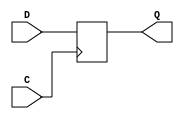
// Copyright (c) 2019 Naoki Hirayama
// Licensed under the Apache License, Version 2.0, see LICENSE for details.
// SPDX-License-Identifier: Apache-2.0

/* czctl.v
   2019.04.20   Ver0.2
   2019.12.19   Ver0.3 */

`timescale 1ns/1ps
`ifndef PC_WIDTH
    `define PC_WIDTH 10
`endif
`ifndef SPM_WIDTH
    `define SPM_WIDTH 8
`endif

`define COMP_BIT    31
`define COPR_BIT    30
`define MUL_BIT      8
`define CF_BIT       9

`define OP_IX        1
`define OP_B         2
`define OP_BCF       3
`define OP_BZF       4
`define OP_BC        5
`define OP_CALL      6
`define OP_RETURN    8
`define OP_JRETURN   9
`define OP_LOOP     12
`define OP_WAIT     13
`define OP_DREG     14


`define OP_ADD      16 /* FIX */
`define OP_MOV      20
`define OP_REGBANK  21
`define OP_ENABLE   22
`define OP_DISABLE  23
`define OP_RETURNI  24
`define OP_POPSP    25
`define OP_IOSTROBE 26
`define OP_OUTPUTK  27

module FFstd(
    output Q,
    input C,
    input D);

    reg FF;
    always @(posedge C) FF <= D;
    assign Q = FF;

endmodule // FFstd

module FFrst(
    output Q,
    input C,
    input D,
    input R);

    reg FF;
    always @(posedge C) FF <= R ? 0 : D;
    assign Q = FF;
endmodule // FFrst

module FFce(
    output Q,
    input C,
    input D,
    input CE);

    reg FF;
    always @(posedge C) FF <= CE ? D : FF;
    assign Q = FF;
endmodule // FFce

module FFrst_s(
    output Q,
    input C,
    input D,
    input R,
    input INT,
    input RI);

    reg FF, FFsave;
    always @(posedge C) begin
        FF <= R ? 0 : RI ? FFsave : D;
        FFsave <= R ? 0 : INT ? D : FFsave;
    end
    assign Q = FF;
endmodule // FFrst_s

module FFstd_s(
    output Q,
    input C,
    input D,
    input INT,
    input RI);

    reg FF, FFsave;
    always @(posedge C) begin
        FF <= RI ? FFsave : D;
        FFsave <= INT ? D : FFsave;
    end
    assign Q = FF;
endmodule // FFstd_s

module FFce_s(
    output Q,
    input C,
    input D,
    input CE,
    input INT,
    input RI);

    reg FF, FFsave;
    always @(posedge C) begin
        FF <= RI ? FFsave : CE ? D : FF;
        FFsave <= INT ? (CE ? D : FF) : FFsave;
    end
    assign Q = FF;
endmodule // FFce_s

module FFcerst_s(
    output Q,
    input C,
    input D,
    input CE,
    input R,
    input INT,
    input RI);

    reg FF, FFsave;
    always @(posedge C) begin
        FF <= R ? 0 : RI ? FFsave : CE ? D : FF;
        FFsave <= R ? 0 : INT ? (CE ? D : FF ) : FFsave;
    end
    assign Q = FF;
endmodule // FFcerst_s

module FFrst_sz(
    output Q,
    input C,
    input D,
    input R,
    input INT,
    input RI);

    reg FF, FFsave;
    always @(posedge C) begin
        FF <= R ? 0 : RI ? FFsave : INT ? 0 : D;
        FFsave <= R ? 0 : INT ? D : FFsave;
    end
    assign Q = FF;
endmodule // FFrst_sz

module FFrst_sz2(
    output Q,
    input C,
    input D,
    input R,
    input INT,
    input RI);

    reg FF, FFsave;
    always @(posedge C) begin
        FF <= R ? 0 : RI ? FFsave : INT ? 0 : D;
        FFsave <= R ? 0 : INT ? D : FFsave;
    end
    assign Q = RI ? FFsave : FF;
endmodule // FFrst_sz2

module czctl(
    input CLK,
    input xAMSB_P,                 // ABCD
    input [`PC_WIDTH-1:0] xREGAB_P,  // ABCD
    input [`PC_WIDTH-1:0] xSMEMDO_P, // SMEM
    input xCY_P,                   // ABCD
    input xRESET_P,                // GAIBU
    input xZFIN_P,                 // ABCD
    input xCZERO_P,                // ABCD
    input [31:0] xIR_P,            // PMEM
    input [7:0] xADDR_P,           // ABCD
    input [7:0] xREGDO_P,          // REG
    input xINT0_P,                 // GAIBU
    input xINT1_P,                 // GAIBU
    output xCYCF_P,                // ABCD
    output xCMPSUB_P,              // ABCD
    output [`PC_WIDTH-1:0] xIRA_P, // ABCD
    output [`PC_WIDTH-1:0] xSMEMDI_P, // SMEM
    output [`PC_WIDTH-1:0] xPC_P,  // PMEM
    output xWSTROBE_P,             // GAIBU
    output xOUTPUTK_P,             // ABCD
    output xWSTROBEK_P,            // GAIBU
    output xIOSTROBE_P,            // GAIBU
    output [3:0] xSMEMA_P,         // SMEM
    output xCF_P,                  // ABCD
    output xZF_P,                  // ABCD
    output xINPUT_P,               // ABCD
    output xRSTROBE_P,             // GAIBU
    output xSMEMWE_P,              // SMEM
    output xMOV_P,                 // ABCD
    output [1:0] xLALUOP_P,        // ABCD
    output [`SPM_WIDTH-1:0] xREGRA_P, // REG
    output [`SPM_WIDTH-1:0] xREGWA_P, // REG
    output xREGWE_P,               // REG
    output xASEL_P,                // ABCD
    output [3:0] xBCSEL_P,         // ABCD
    output xDSEL_P,                // ABCD
    output xDSELREG_P,             // ABCD
    output xMUL_P,                 // ABCD
    output xNOT_P,                 // ABCD
    output [1:0] xADDRSEL_P,       // ABCD
    output [1:0] xADDLSEL_P,       // ABCD
    output xCFBIT_P,               // ABCD
    output xONE_P,                 // ABCD
    output [7:0] xN_P);            // ABCD

    genvar i;

    function three_or_more; 
        input [3:0] x;
        three_or_more = ~(~(x[3]|x[2]) & ~(x[1]&x[0]));
    endfunction // Q

    wire cmd_INT, wait_w0, wait_w1, wait_w2, loop_l;
    wire cmd_RETURNI;

    /* SP */ wire [3:0] SPout, SPin;
    FFrst SP[3:0] (.Q(SPout),.C(CLK),.D(SPin),.R(xRESET_P));

    /* INT */ wire INTout, INTin;
    FFrst INT(.Q(INTout),.C(CLK),.D(INTin),.R(xRESET_P));

    /* INTD */ wire INTDout, INTDin;
    FFrst INTD(.Q(INTDout),.C(CLK),.D(INTDin),.R(xRESET_P));

    /* INTDD */ wire INTDDout, INTDDin;
    FFstd INTDD(.Q(INTDDout),.C(CLK),.D(INTDDin));

    /* IMODE */ wire IMODEout, IMODEin;
    FFrst_sz2 IMODE(.Q(IMODEout),.C(CLK),.D(IMODEin),.R(xRESET_P),.INT(cmd_INT),.RI(cmd_RETURNI));

    /* PC */ wire [`PC_WIDTH-1:0] PCout, PCin;
    FFcerst_s PC[`PC_WIDTH-1:0] (.Q(PCout),.C(CLK),.D(PCin),.CE(wait_w1),.R(xRESET_P),.INT(cmd_INT),.RI(cmd_RETURNI));

    /* CF,ZF */ wire CFout, CFin, ZFout, ZFin;
    FFstd_s CF(.Q(CFout),.C(CLK),.D(CFin),.INT(cmd_INT),.RI(cmd_RETURNI));
    FFstd_s ZF(.Q(ZFout),.C(CLK),.D(ZFin),.INT(cmd_INT),.RI(cmd_RETURNI));

    /* I */ wire [3:0] Iout, Iin;
    FFstd_s I[3:0] (.Q(Iout),.C(CLK),.D(Iin),.INT(cmd_INT),.RI(cmd_RETURNI));

    /* IR */ wire [31:0] IRout, IRin;
    FFcerst_s IR[31:0] (.Q(IRout),.C(CLK),.D(IRin),.CE(wait_w0),.R(xRESET_P),.INT(cmd_INT),.RI(cmd_RETURNI));

    /* CO */ wire [7:0] COout, COin, COce;
    FFce_s CO[7:0] (.Q(COout),.C(CLK),.D(COin),.CE(COce),.INT(cmd_INT),.RI(cmd_RETURNI));

    /* HL */ wire HLout, HLin;
    FFrst_sz HL(.Q(HLout),.C(CLK),.D(HLin),.R(xRESET_P),.INT(cmd_INT),.RI(cmd_RETURNI));

    /* RETD */ wire RETDout, RETDin;
    FFrst_s RETD(.Q(RETDout),.C(CLK),.D(RETDin),.R(xRESET_P),.INT(cmd_INT),.RI(cmd_RETURNI));

    /* BANK */ wire BANKout, BANKin;
    FFrst_s BANK(.Q(BANKout),.C(CLK),.D(BANKin),.R(xRESET_P),.INT(cmd_INT),.RI(cmd_RETURNI));

    /* IRA */ wire [`PC_WIDTH-1:0] IRAout, IRAin, IRAce;
    FFce IRA[`PC_WIDTH-1:0] (.Q(IRAout),.C(CLK),.D(IRAin),.CE(IRAce));

    /* REGRA */ wire [`SPM_WIDTH-1:0] REGRAout, REGRAin;
    wire REGRAce;
    FFce REGRA[`SPM_WIDTH-1:0] (.Q(REGRAout),.C(CLK),.D(REGRAin),.CE(REGRAce));

    /* INT0 */ wire INT0out, INT0in;
    FFstd INT0(.Q(INT0out),.C(CLK),.D(INT0in));

    /* INT1 */ wire INT1out, INT1in;
    FFstd INT1(.Q(INT1out),.C(CLK),.D(INT1in));

/* OP code ------------------------------------------------------ */
    wire COMP_bit;
    assign COMP_bit = INTDDout ? 0 : IRout[`COMP_BIT];

    wire [22:0] IRQ;
    assign IRQ[0] = IRout[8];
    assign IRQ[1] = IRout[9];
    assign IRQ[2] = IRout[10];
    assign IRQ[3] = IRout[11];
    assign IRQ[4] = IRout[12];
    assign IRQ[5] = IRout[13];
    assign IRQ[6] = IRout[14];
    assign IRQ[7] = IRout[15];
    assign IRQ[8] = IRout[16];
    assign IRQ[9] = IRout[17];
    assign IRQ[10] = COMP_bit ? 0 : INTDDout ? 0 : IRout[18];
    assign IRQ[11] = COMP_bit ? 0 : INTDDout ? 0 : IRout[19];
    assign IRQ[12] = COMP_bit ? 0 : INTDDout ? 0 : IRout[20];
    assign IRQ[13] = COMP_bit ? 0 : INTDDout ? 0 : IRout[21];
    assign IRQ[14] = COMP_bit ? 0 : INTDDout ? 0 : IRout[22];
    assign IRQ[15] = COMP_bit ? 0 : INTDDout ? 0 : IRout[23];
    assign IRQ[16] = COMP_bit ? 0 : INTDDout ? 0 : IRout[24];
    assign IRQ[17] = COMP_bit ? 0 : INTDDout ? 0 : IRout[25];
    assign IRQ[18] = COMP_bit ? 0 : INTDDout ? 0 : IRout[26];
    assign IRQ[19] = COMP_bit ? 0 : INTDDout ? 0 : IRout[27];
    assign IRQ[20] = COMP_bit ? 0 : INTDDout ? 0 : IRout[28];
    assign IRQ[21] = COMP_bit ? 0 : INTDDout ? 0 : IRout[29];
    assign IRQ[22] = IRout[30];
    
    wire COPR_bit;
    assign COPR_bit = IRQ[`COPR_BIT-8];

    wire [4:0] opcode;
    assign opcode = IRQ[21:17];

    wire op_IX;
    assign op_IX = opcode==`OP_IX ? 1 : 0;

    wire op_B;
    assign op_B = opcode==`OP_B ? 1 : 0;

    wire op_BCF;
    assign op_BCF = opcode==`OP_BCF ? 1 : 0;

    wire op_BZF;
    assign op_BZF = opcode==`OP_BZF ? 1 : 0;

    wire op_BC;
    assign op_BC = opcode==`OP_BC ? 1 : 0;

    wire op_CALL;
    assign op_CALL = opcode==`OP_CALL ? 1 : 0;

    wire op_RETURN;
    assign op_RETURN = opcode==`OP_RETURN ? 1 : 0;

    wire op_JRETURN;
    assign op_JRETURN = opcode==`OP_JRETURN ? 1 : 0;

    wire op_LOOP;
    assign op_LOOP = opcode==`OP_LOOP ? 1 : 0;

    wire op_WAIT;
    assign op_WAIT = opcode==`OP_WAIT ? 1 : 0;

    wire op_DREG;
    assign op_DREG = opcode==`OP_DREG ? 1 : 0;

    wire op_ADD;
    assign op_ADD = opcode==`OP_ADD ? 1 : 0;

    /* AND XOR OR */
    assign xLALUOP_P = opcode[4]&(~opcode[3])&(~opcode[2]) ? opcode[1:0] : 2'b00;

    assign xMOV_P = opcode==`OP_MOV ? 1 : 0;

    wire op_REGBANK;
    assign op_REGBANK = opcode==`OP_REGBANK ? 1 : 0;

    wire op_ENABLE;
    assign op_ENABLE = opcode==`OP_ENABLE ? 1 : 0;

    wire op_DISABLE;
    assign op_DISABLE = opcode==`OP_DISABLE ? 1 : 0;

    wire op_RETURNI;
    assign op_RETURNI = opcode==`OP_RETURNI ? 1 : 0;

    wire op_POPSP;
    assign op_POPSP = opcode==`OP_POPSP ? 1 : 0;

    assign xIOSTROBE_P = opcode==`OP_IOSTROBE ? 1 : 0;

    assign xOUTPUTK_P = opcode==`OP_OUTPUTK ? 1 : 0;
    assign xWSTROBEK_P = xOUTPUTK_P;

    assign xINPUT_P = opcode[4]&opcode[3]&opcode[2]&(~opcode[1]) ? 1 : 0;
    assign xRSTROBE_P = xINPUT_P;

    /* OUTPUT */
    assign xWSTROBE_P = opcode[4]&opcode[3]&opcode[2]&(~opcode[0]) ? 1 : 0;

/* -------------------------------------------------------------- */    

    wire [`PC_WIDTH-1:0] sig_PC;

    assign wait_w0 = ~(op_WAIT & |Iout);
    assign wait_w1 = ~(op_WAIT & three_or_more(Iout));
    assign wait_w2 = op_WAIT & (Iout==2 ? 1 : 0);
    assign loop_l  = op_LOOP & |Iout;

    wire sig_DIVA, MUL_bit;

    assign MUL_bit = IRQ[`MUL_BIT-8];

    assign sig_DIVA = xADDLSEL_P[1]&(~xADDLSEL_P[0]);
    assign xCYCF_P = xCY_P | (sig_DIVA ? xAMSB_P : CFout);
    assign xCMPSUB_P = ~(xCYCF_P & ~MUL_bit) & sig_DIVA;

    assign xIRA_P = IRAout;
    
    wire sig_JUMP; // Indirect JUMP

    assign PCin = sig_JUMP ? xREGAB_P :
                  wait_w2 ? sig_PC-1 : 
                  loop_l ? xSMEMDI_P : sig_PC+1;

    assign IRAin = sig_PC;
    for( i=0 ; i< `PC_WIDTH ; i=i+1 ) begin
        assign IRAce[i] = cmd_INT ? 1 : 0;
    end

    wire sel_PC1, sel_PC2;

    assign sel_PC1 = (COMP_bit & HLout) | (op_CALL & COPR_bit);
    assign sel_PC2 = COMP_bit & (~HLout);
    assign xSMEMDI_P = sel_PC1 ? PCout-1 : 
                       sel_PC2 ? PCout-2 :
                       loop_l  ? (PCout - IRout[7:0]) : PCout;

    wire op_jump_and_call, op_return, op_call;

    assign op_call = opcode[4:0]==5'b00110 ? 1 :
                     opcode[4:0]==5'b00111 && (COPR_bit^ZFout)==0 ? 1 : 0;

    assign op_jump_and_call = 
             opcode[4:0]==5'b00010 ? 1 :
             opcode[4:0]==5'b00011 && (COPR_bit^CFout)==0 ? 1 :
             opcode[4:0]==5'b00100 && (COPR_bit^ZFout)==0 ? 1 :
             opcode[4:0]==5'b00101 && (COPR_bit^xCZERO_P)==0 ? 1 : op_call;

    assign op_return = opcode[4:2]==3'b010 ? (~opcode[1] | ~(opcode[0]^ZFout)) : 0;

    assign sig_PC = cmd_RETURNI ? IRAout :
                    COMP_bit ? (IRout[30:24]<<3)|`PC_WIDTH'd4 :
                    op_jump_and_call ? IRout[`PC_WIDTH-1:0] :
                    op_return ? xSMEMDO_P : PCout;

    assign INT0in = xINT0_P;
    assign INT1in = xINT1_P;

    assign cmd_RETURNI = op_RETURNI & (~INT0out);

    assign xPC_P = (cmd_INT & INT0out) ? `PC_WIDTH'd2 :
                   (cmd_INT & INT1out) ? `PC_WIDTH'd3 :
                   (op_RETURNI & INT0out) ? `PC_WIDTH'd2 : sig_PC;

    assign sig_JUMP = op_jump_and_call ? (IRout[`PC_WIDTH-1:0] ==`PC_WIDTH'd1 ? 1 : 0) : 0;

    assign SPin = op_return ? SPout+1 : op_POPSP ? SPout+1 : (op_call|COMP_bit) ? SPout-1 : SPout;

    assign xSMEMA_P = SPin;

    assign CFin = op_ADD ? xCY_P: CFout;
    assign xCF_P = CFout;

    assign ZFin = xLALUOP_P ? xZFIN_P: ZFout;
    assign xZF_P = ZFout;

    assign RETDin = op_return;

    assign IRin[31:16] = COMP_bit || op_JRETURN || (op_CALL | op_B)&COPR_bit ? {14'd0 , xIR_P[17:16]} :
                  (HLout & RETDout) ? xIR_P[15:0] : xIR_P[31:16];
    assign IRin[15:8] = xIR_P[15:8];
    assign IRin[7:4] = COMP_bit ? IRout[7:4]  : xIR_P[7:4];
    assign IRin[3:0] = xIR_P[3:0];

    wire [24:0] IRV;
    assign IRV = COPR_bit ? {IRQ[16:0] , COout } : {IRQ[16:0] , IRout[7:0] };

    assign Iin = op_IX ? IRV[7:4] : (op_LOOP || op_WAIT) ? Iout-1 : Iout;

    assign COin = IRout[23:16];
    assign COce = COMP_bit ? 8'b11111111 : 8'b00000000;

    assign HLin = op_POPSP ? 0 : HLout ^ COMP_bit;

    assign xSMEMWE_P = op_call | COMP_bit;

    assign BANKin = (op_REGBANK & ~IRV[4]) ? 0 :
                    (op_REGBANK &  IRV[4]) ? 1 : BANKout;


    assign xREGRA_P = cmd_RETURNI ? REGRAout : REGRAin;

    assign REGRAce = cmd_INT;

    generate
    if( `SPM_WIDTH > 8 ) begin
    assign REGRAin[7:0] = IRV[17:16]==2'b00 ? {3'd0, BANKout , IRV[7:4]} :
                          IRV[17:16]==2'b01 ? IRV[7:0] : xADDR_P;
    assign REGRAin[`SPM_WIDTH-1:8] = IRV[17:16]==2'b11 ? xREGDO_P[`SPM_WIDTH-9:0] : 0;
    assign xREGWA_P[7:0] = IRV[17:16]==2'b00 ? {3'd0, BANKout , IRV[3:0]} :
                           IRV[17:16]==2'b01 ? IRV[7:0] : xADDR_P;
    assign xREGWA_P[`SPM_WIDTH-1:8] = IRV[17:16]==2'b11 ? xREGDO_P[`SPM_WIDTH-9:0] : 0;
    end
    else 
    begin
    assign REGRAin[4:0] = IRV[17:16]==2'b00 ? {BANKout , IRV[7:4]} :
                          IRV[17:16]==2'b01 ? IRV[4:0] : xADDR_P;
    assign REGRAin[`SPM_WIDTH-1:5] = IRV[17:16]==2'b00 ? 0 :
                                     IRV[17:16]==2'b01 ? IRV[`SPM_WIDTH-1:5] : xADDR_P[`SPM_WIDTH-1:5];
    assign xREGWA_P[4:0] = IRV[17:16]==2'b00 ? {BANKout , IRV[3:0]} :
                           IRV[17:16]==2'b01 ? IRV[4:0] : xADDR_P;
    assign xREGWA_P[`SPM_WIDTH-1:5] = IRV[17:16]==2'b00 ? 0 :
                                      IRV[17:16]==2'b01 ? IRV[`SPM_WIDTH-1:5] : xADDR_P[`SPM_WIDTH-1:5];
    end
    endgenerate

    assign INTin = (xINT0_P | xINT1_P) & IMODEout;
    assign INTDin = INTout;

    assign IMODEin = (op_ENABLE | IMODEout) & ~op_DISABLE;

    assign cmd_INT = INTDin & ~INTDout;

    assign INTDDin = cmd_INT;

    assign xREGWE_P = IRV[18];
    assign xASEL_P = IRV[24];
    assign xBCSEL_P = IRV[23:20];
    assign xDSEL_P = IRV[19];
    assign xDSELREG_P = op_DREG;
    assign xONE_P = IRV[15];
    assign xNOT_P = IRV[14];
    assign xADDRSEL_P = IRV[13:12];
    assign xADDLSEL_P = IRV[11:10];
    assign xCFBIT_P = IRV[9];
    assign xMUL_P = IRV[8];
    assign xN_P = IRV[7:0];

endmodule // czctl